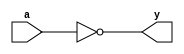
module COMPLEMENT(y,a);
output y;
input a;
assign y=~a;
endmodule

module COMPLEMENT2(y,a);
output [1:0]y;
input [1:0]a;
COMPLEMENT com(y[0],a[0]);
COMPLEMENT com2(y[1],a[1]);
endmodule

module COMPLEMENT4(y,a);
output [3:0]y;
input [3:0]a;
COMPLEMENT2 com(y[1:0],a[1:0]);
COMPLEMENT2 com2(y[3:2],a[3:2]);
endmodule